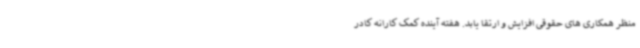
منظر همکاری های حقوقی افزایش و ارتقا یابد. هفته آینده کمک کارانه کادر